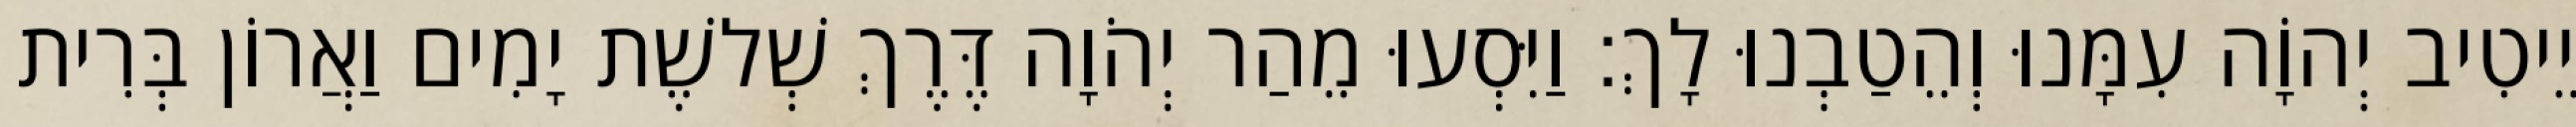
יֵיטִיב יְהוָֹה עִמָּנוּ וְהֵטַבְנוּ לָךְ׃ וַיִּסְעוּ מֵהַר יְהֹוָה דֶּרֶךְ שְׁלשֶׁת יָמִים וַאֲרוֹן בְּרִית